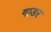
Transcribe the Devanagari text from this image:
गाडर